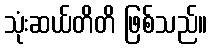
သုံးဆယ်တိတိ ဖြစ်သည်။